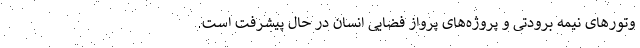
وتورهای نیمه برودتی و پروژه‌های پرواز فضایی انسان در حال پیشرفت است.